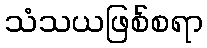
သံသယဖြစ်စရာ